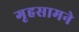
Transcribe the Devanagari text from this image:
गृहसामने